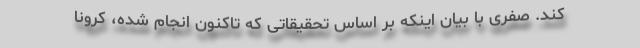
کند. صفری با بیان اینکه بر اساس تحقیقاتی که تاکنون انجام شده، کرونا